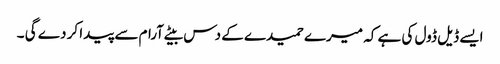
ایسے ڈیل ڈول کی ہے کہ میرے حمیدے کے دس بیٹے آرام سے پیدا کر دے گی ۔